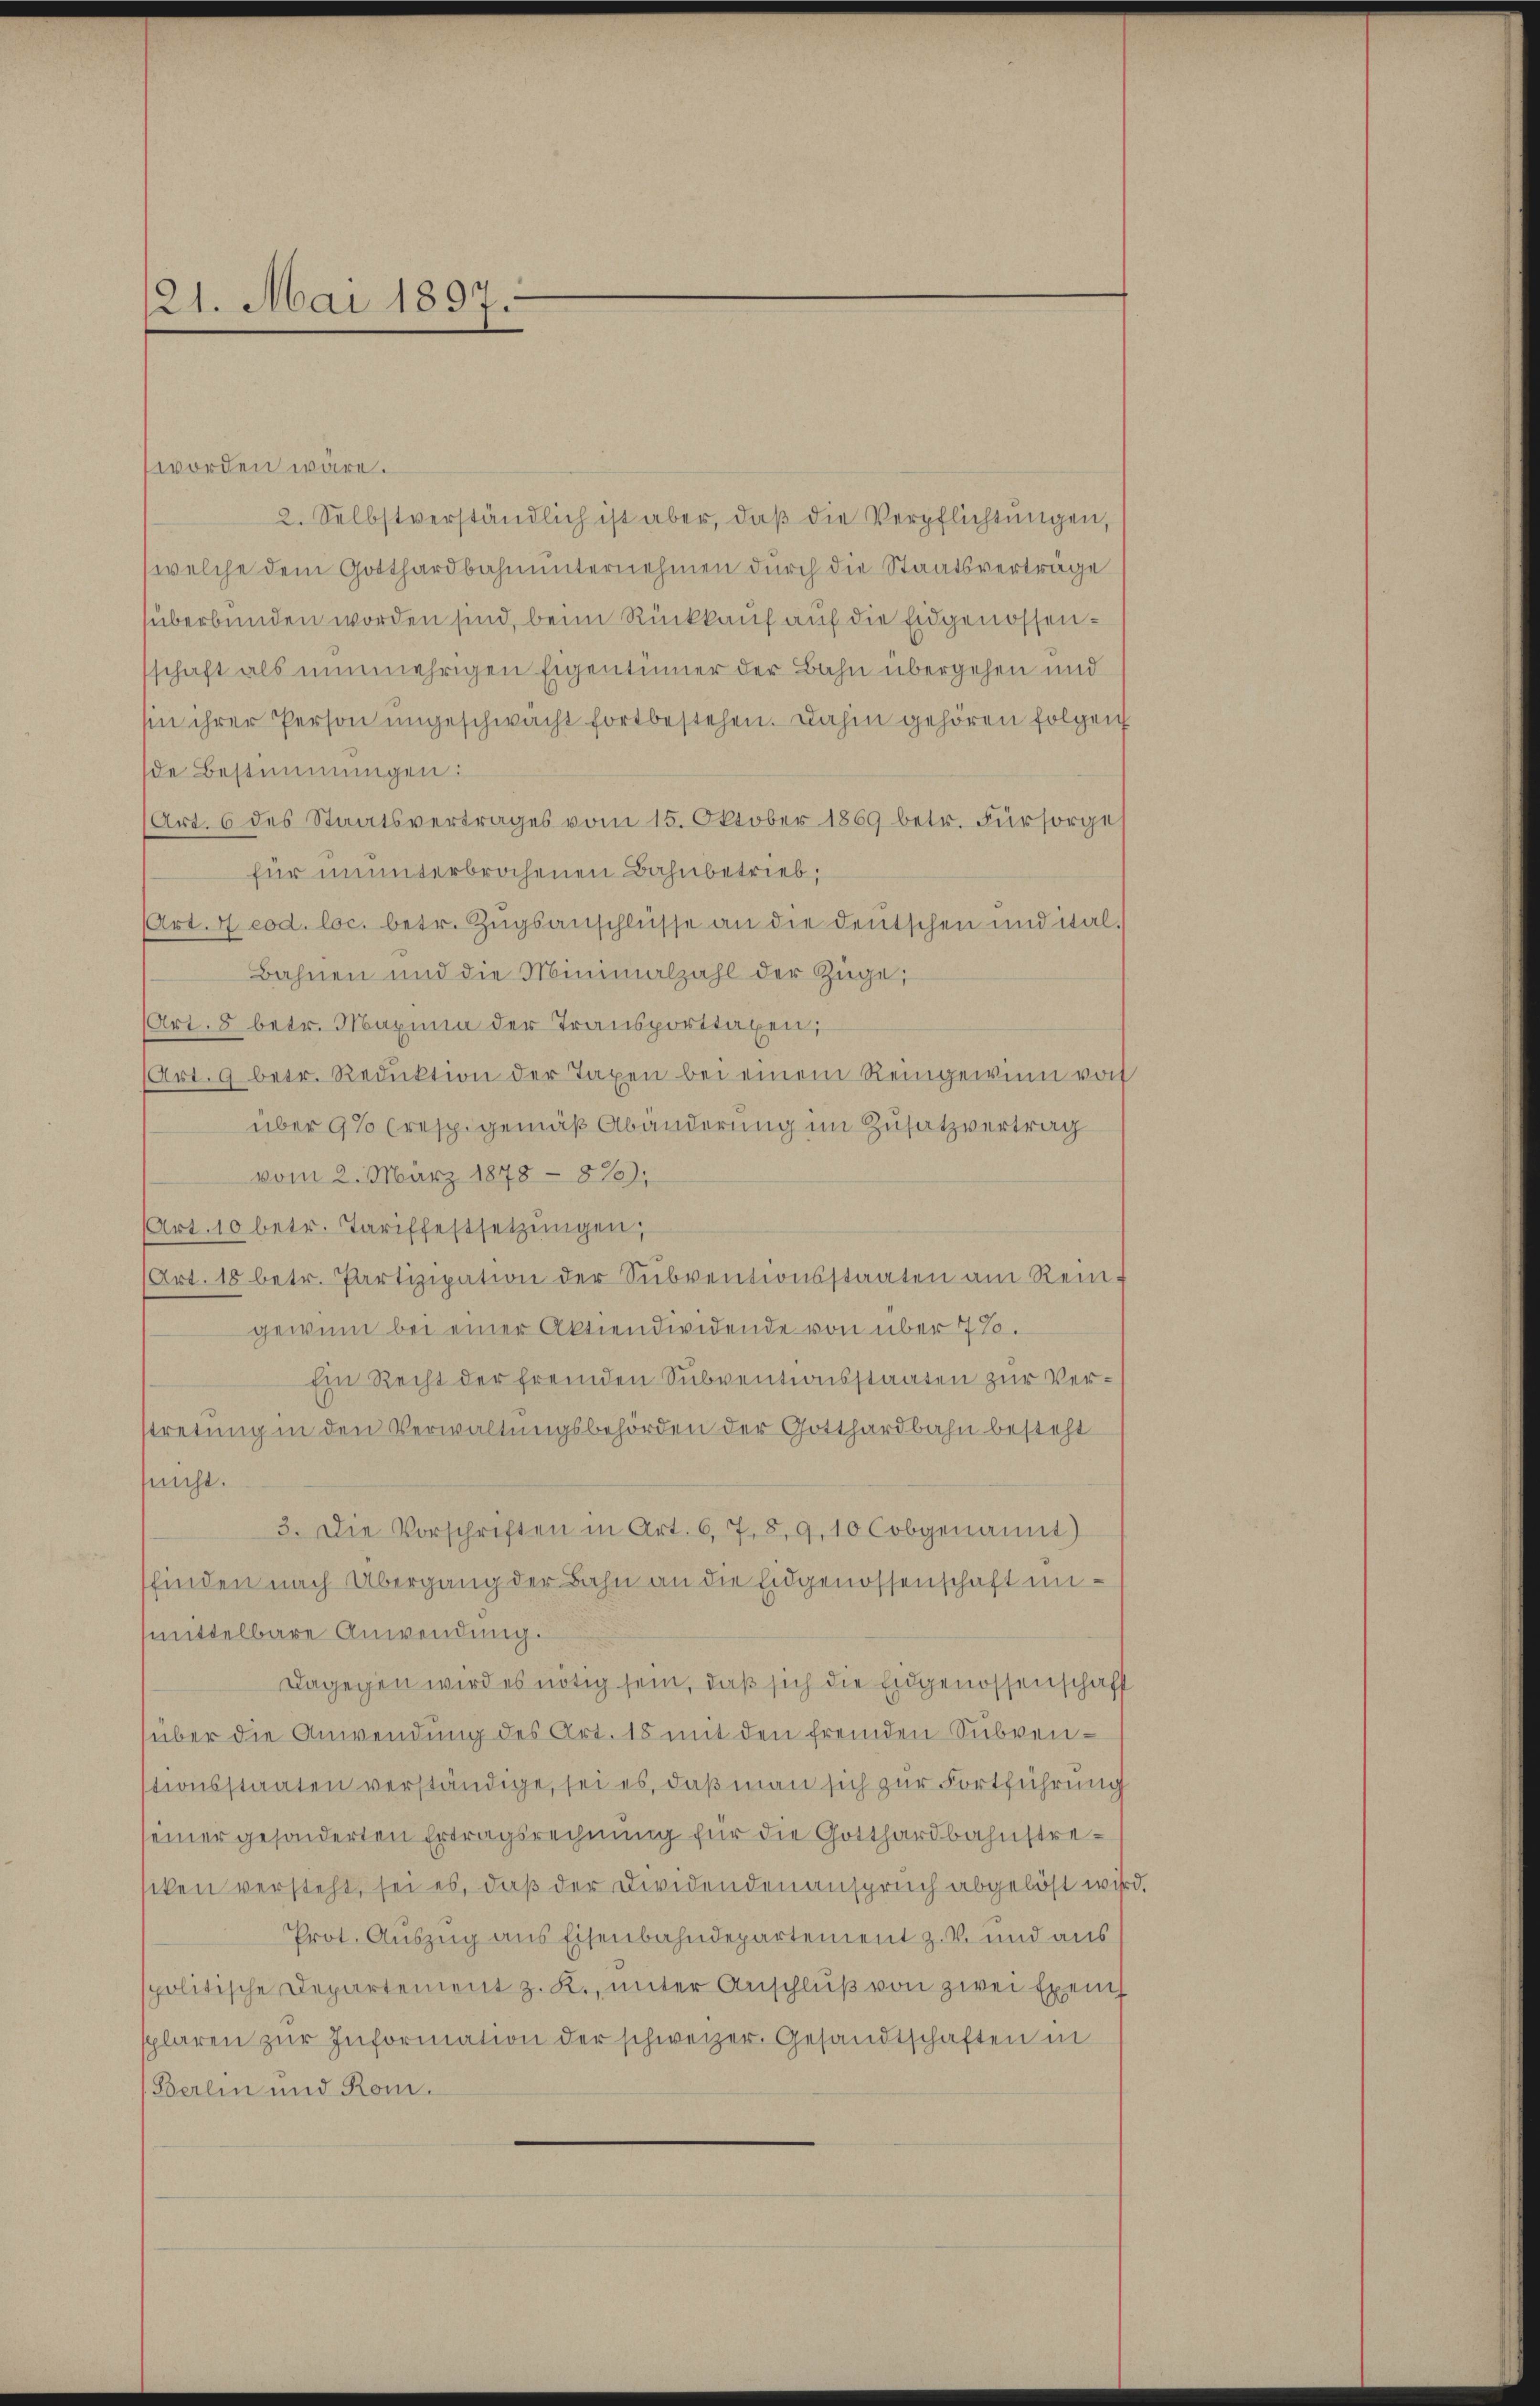
21. Mai 1897.

worden wäre.
2. Selbstverständlich ist aber, daβ die Verpflichtungen,
(welche dem Gotthardbahnunternehmen durch die Staatsverträge
überbunden worden sind, beim Rückkauf auf die Eidgenossenschaft als nunmehrigen Eigentümer der Bahn übergehen und
sin ihrer Person ungeschwacht fortbestehen. Dahin gehören folgen
de Bestimmungen:
Art. 6 des Staatsvertrages vom 15. Oktober 1869 betr. Fürsorges
für ununterbrochenen Bahnbetrieb,
Art. 4 cod. loc. betr. Zugsanschlüsse an die deutschen und ital¬
Bahnen und die Minimalzahl der Züge,
(Art. 8 betr. Maximia der Transporttaxen,
(Art. 9 betr. Reduktion der Taxen bei einem Reingewinn von
über 9% (resp. gemäß Abänderung im Zusatzvertrag
vom 2. März 1878 - 870),
Art. 10 betr. Tariffestsetzŭngen;
Art. 18 betr. Partizipation der Subventionsstaaten am Rein-
gewinn bei einer Aktiendividende von über 7%.
Ein Recht der fremden Subventionsstaaten zur Vertretung in den Verwaltungsbehörden der Gotthardbahn besteht
snicht.
3. Die Vorschriften in Art. 6, 7. 89, 10 Cobgenannt)
finden nach Übergang der Bahn an die Eidgenossenschaft unmittelbare Anwendung.
Dagegen wird es nötig sein, daß sich die Eidgenossenschaff
über die Anwendung des Art. 15 mit den fremden Subventionsstaaten verständige, sei es, daß man sich zur Fortführung
einer gesonderten Ertragsrechnung für die Gotthardbahnstreiken versteht, sei es, daß der Dividendenanspruch abgelöst wir
Prot. Auszug aus Eisenbahndepartement z. B. und aus
politische Departement z. K., ŭnter Anschlŭβ von zwei Exem
splaren zŭr Information der schweizer. Gesandtschaften in
(Berlin und Rom.

d.